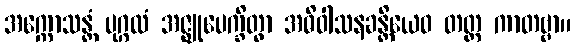
အက္ကောသန္တံ ပုဂ္ဂလံ အဇ္ဈုပေက္ခိတွာ အဓိဝါသနခန္တိယေဝ တတ္ထ ကာတဗ္ဗာ။